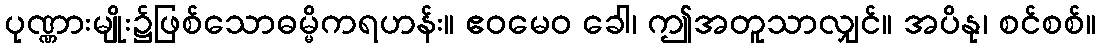
ပုဏ္ဏားမျိုး၌ဖြစ်သောဓမ္မိကရဟန်း။ ဧဝမေဝ ခေါ၊ ဤအတူသာလျှင်။ အပိနု၊ စင်စစ်။